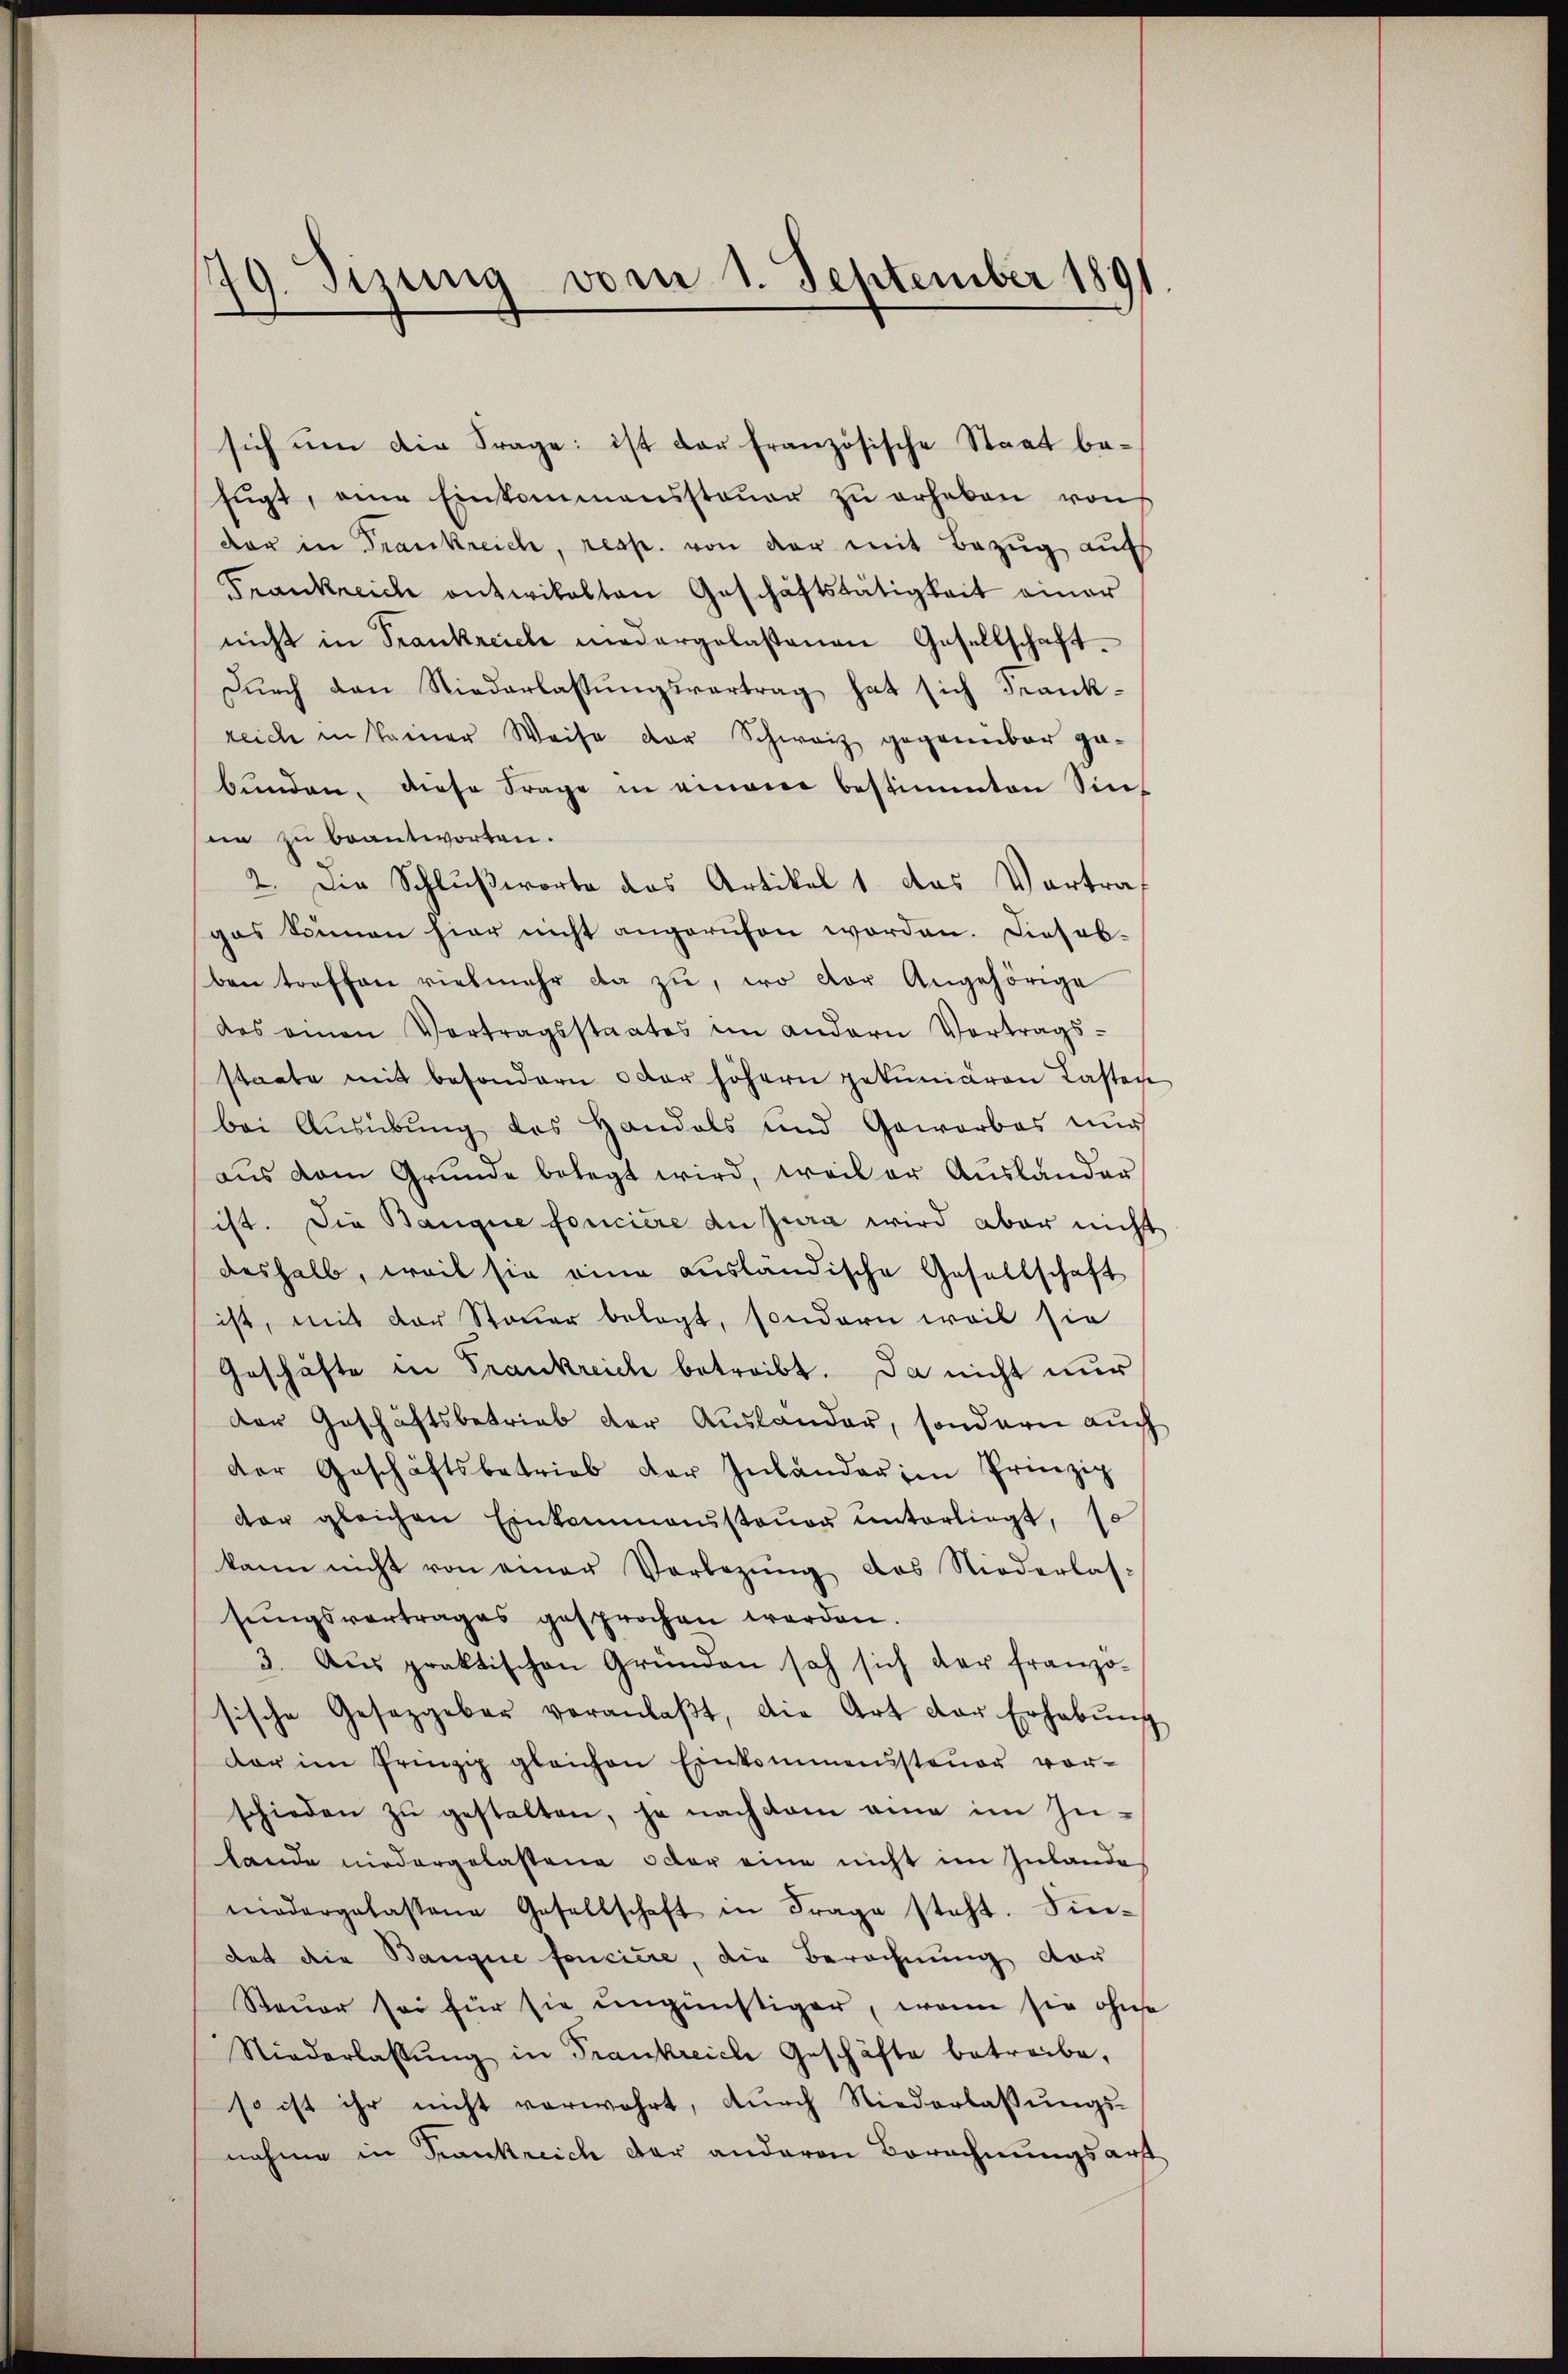
79. Sizung vom 1. September 1891

sich ŭm die Frage: ist das französische Staat be-
Eŭgt, eine Einkommenssteŭer zŭ erhaben von
der in Frankreich, resp. von der mit Bezug aufs
Frankreich antwikalten Geschäftstätigkeit einer
nicht in Trankreiche medergelastenen Gesellschaft
Dŭrch den Niederlassŭngsvertrag hat sich Frankreiche in keiner Weise der Schweiz gegenüber gebŭnden, diese Frage in einem bestimmten Sin
ne zu beantworten.
2. Die Schlußworte das Artikel 1 das Vortragas können hier nicht angerufen worden. Dieseb-
ben treffen vielmehr da zŭ, wo vor Angehörige
das einen Vertragsstaates im andern Vertrags-
staate mit besondern oder höhern gekuniären Lasten
bei Ausübung des Handels und Gewerbes nur
aŭs dem Grŭnde belegt wird, weil er Aŭsländer
ist. Die Bangie foncière du Jura wird aber nicht
deshalb, weil sie eine ausländische Gesellschaft
ist, mit der Steuer belegt, sondern weil sie
Geschäfte in Frankreich betreibt. Da nicht nur
der Geschäftsbetrieb der Auslander, sondern auch
der Geschäftsbetrieb der Inlander im Prinzip
der gleichen Einkammenssteŭer ŭnterliegt, so
kann nicht von einer Vorlegŭng das Niederlas-
sŭngsvertrages gesprochen werden.
3. Aŭs praktischen Gründen sah sich der franzö-
sische Gesetzgeber veranlaβt, die Art der Erhabŭng
dar im Prinzig gleichen Einkommenssteŭer vor-
schieden zŭ gestalten, ja nach dem eine im Inlande niedergelastene oder eine nicht im Inlande
niedergelassene Gesellschaft in Frage steht. Sin-
dat die Bangie foncière, die Berechnung der
Steuer sei für sie ungünstiger, wenn sie ohne
Niederlassŭng in Frankreiche Geschäfte betreibe,
so ist ihr nicht verwahrt, durch Niederlassŭngs-
nahme in Frankreich der anderen Berechnungsart